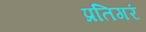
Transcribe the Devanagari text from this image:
प्रतिगरं